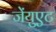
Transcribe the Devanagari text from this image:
जेंयुएट